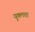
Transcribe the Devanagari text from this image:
युक्लता